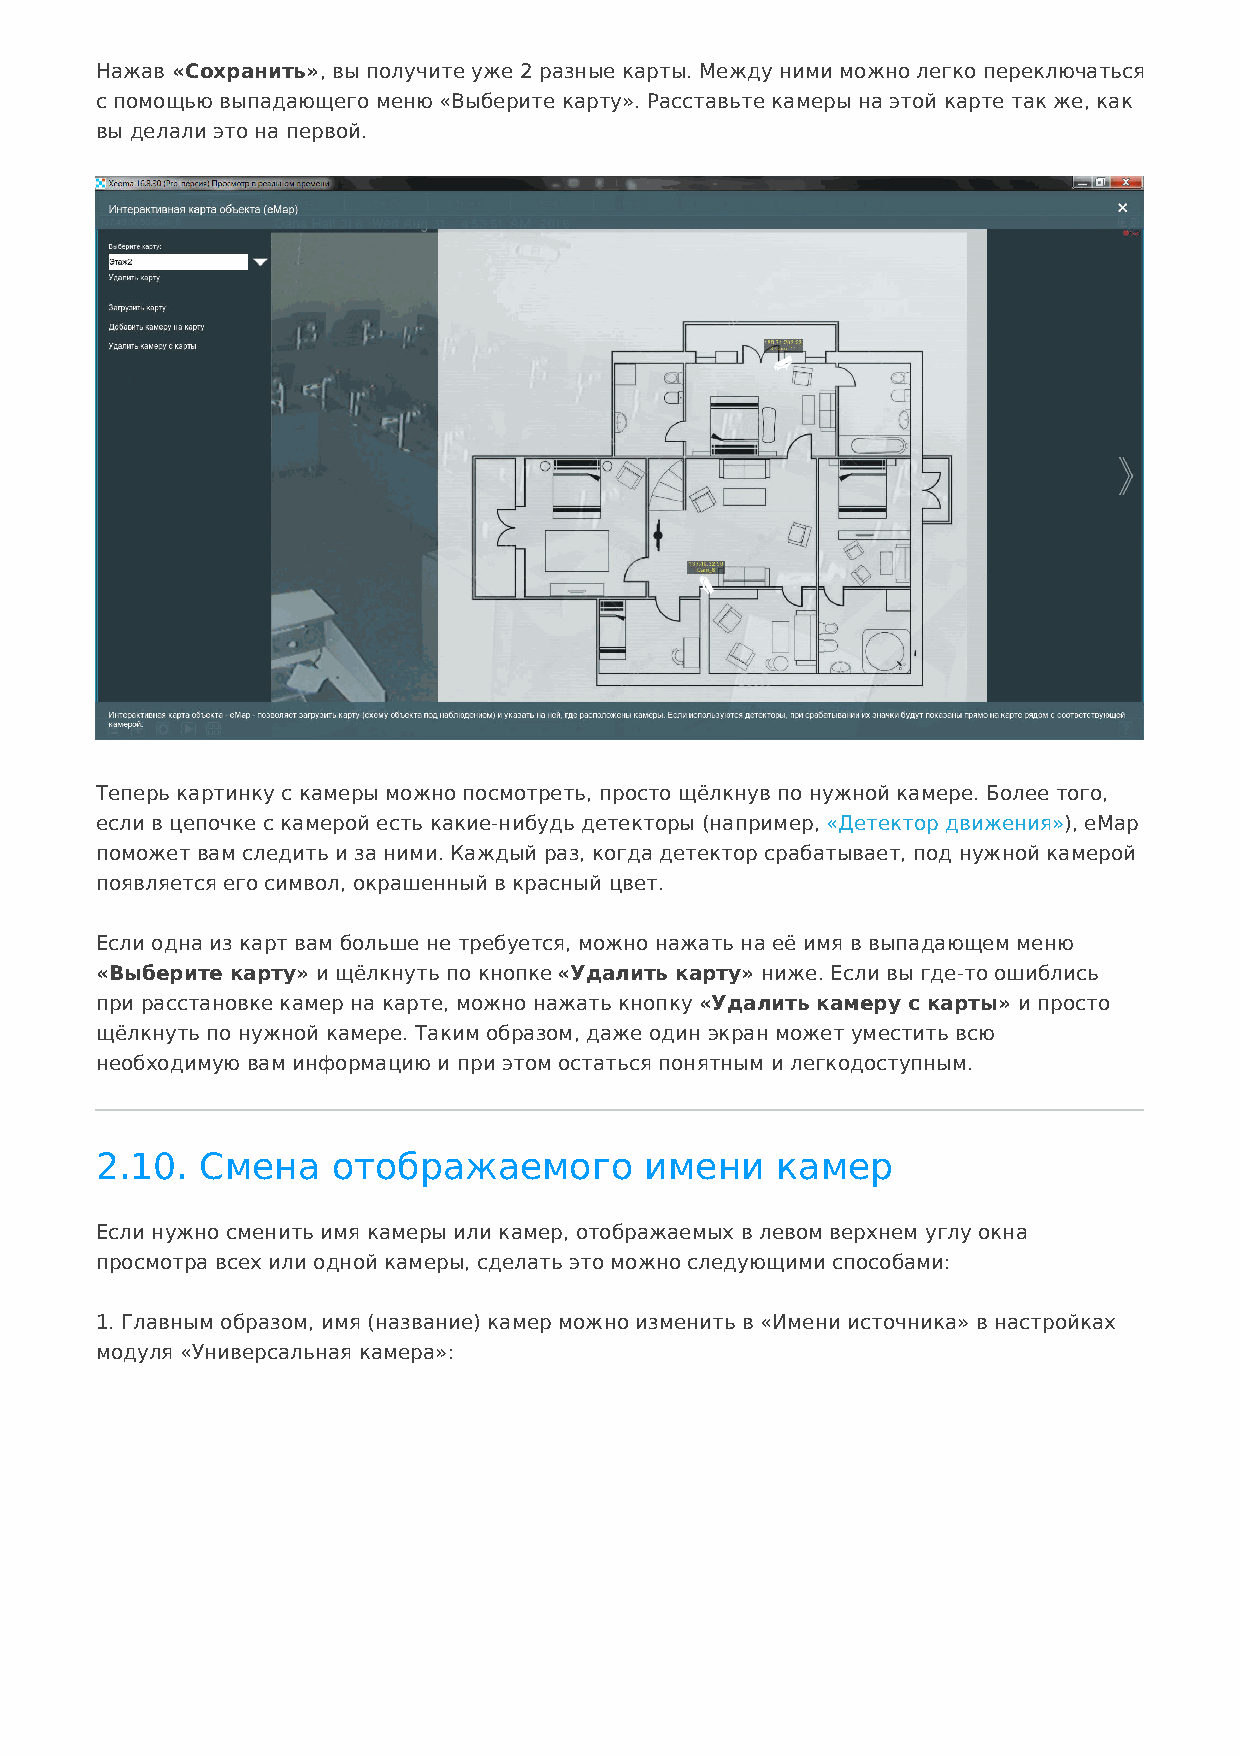
Нажав «Сохранить», вы получите уже 2 разные карты. Между ними можно легко переключаться
 с помощью выпадающего меню «Выберите карту». Расставьте камеры на этой карте так же, как
 вы делали это на первой.
 Теперь картинку с камеры можно посмотреть, просто щёлкнув по нужной камере. Более того,
 если в цепочке с камерой есть какие-нибудь детекторы (например, «Детектор движения»), eMap
 поможет вам следить и за ними. Каждый раз, когда детектор срабатывает, под нужной камерой
 появляется его символ, окрашенный в красный цвет.
 Если одна из карт вам больше не требуется, можно нажать на её имя в выпадающем меню
 «Выберите карту» и щёлкнуть по кнопке «Удалить карту» ниже. Если вы где-то ошиблись
 при расстановке камер на карте, можно нажать кнопку «Удалить камеру с карты» и просто
 щёлкнуть по нужной камере. Таким образом, даже один экран может уместить всю
 необходимую вам информацию и при этом остаться понятным и легкодоступным.
 2.10.  Смена    отображаемого        имени   камер
 Если нужно сменить имя камеры или камер, отображаемых в левом верхнем углу окна
 просмотра всех или одной камеры, сделать это можно следующими способами:
 1. Главным образом, имя (название) камер можно изменить в «Имени источника» в настройках
 модуля «Универсальная камера»: